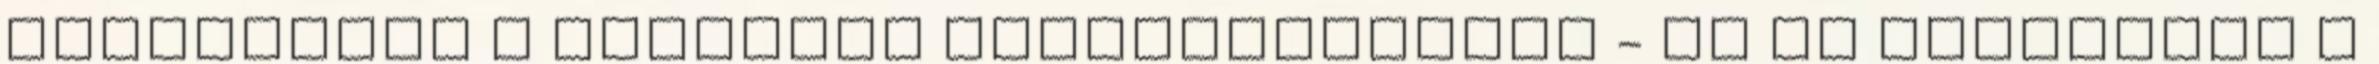
országokat a migráció megállításában - Az EP támogatta a